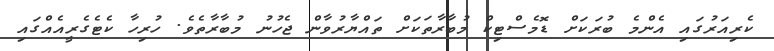
ކެރިއަރުގައި އެންމެ ބުރަކަށް ޑޮމެސްޓިކް މުބާރާތަކަށް ތައްޔާރުވާން ޖެހުނު މުބާރާތެވެ. ހުރިހާ ކެޓެގެރީއެއްގައި